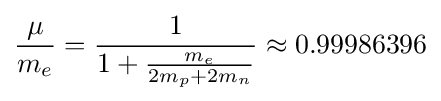
{\frac {\mu }{m_{e}}}={\frac {1}{1+{\frac {m_{e}}{2m_{p}+2m_{n}}}}}\approx 0.99986396